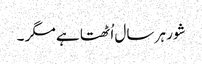
شور ہر سال اُٹھتا ہے مگر ۔